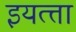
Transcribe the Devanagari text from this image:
इयत्त्ता